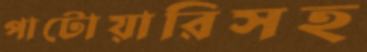
পাটোয়ারিসহ